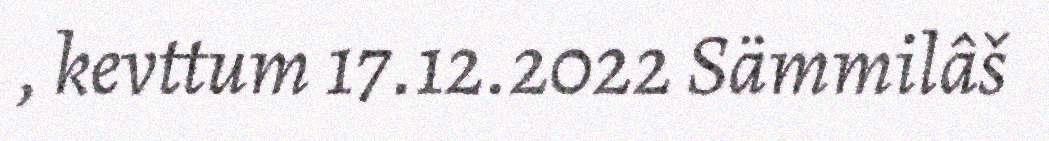
, kevttum 17.12.2022 Sämmilâš